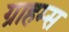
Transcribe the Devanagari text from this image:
ग्राहम्स